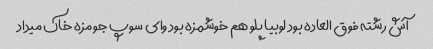
آش رشته فوق العاده بود لوبیا پلو هم خوشمزه بود وای سوپ جو مزه خاک میداد